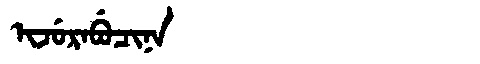
Manchu: ᡳᠵᡠᡵᠠᠪᡠᠴᡳᠨᠠ
Romanization: IJURABUCINA